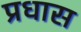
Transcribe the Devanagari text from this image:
प्रधास